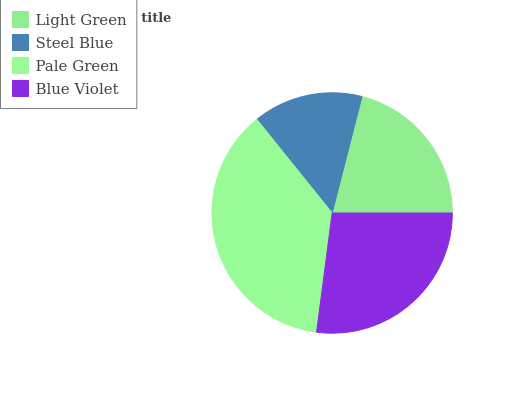
| Light Green | Steel Blue | Pale Green | Blue Violet |
 | --- | --- | --- | --- |
 | 21% | 14.8% | 37.1% | 27.1% |